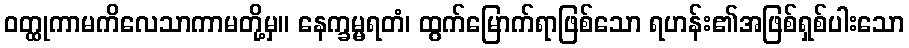
ဝတ္ထုကာမကိလေသာကာမတို့မှ။ နေက္ခမ္မရတံ၊ ထွက်မြောက်ရာဖြစ်သော ရဟန်း၏အဖြစ်ရှစ်ပါးသော